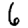
Digit: 6